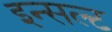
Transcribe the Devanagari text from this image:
इन्सल्ट